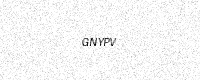
Text: GNYPV